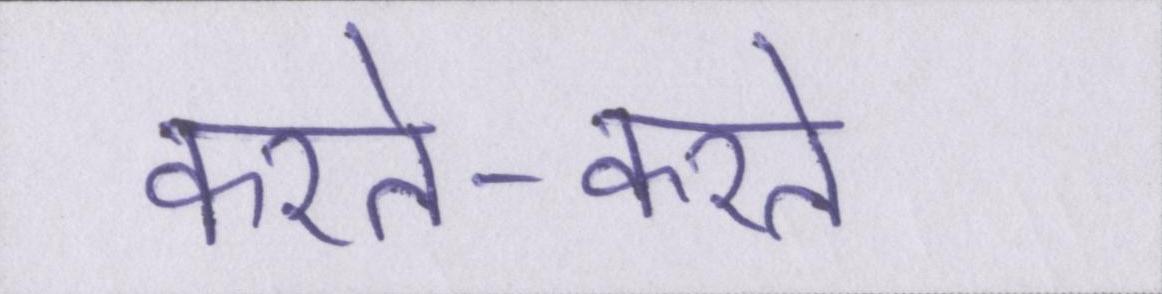
करते-करते